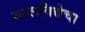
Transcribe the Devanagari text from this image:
मल्लविद्येचा